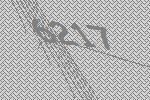
6217